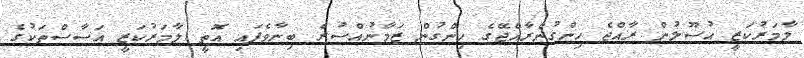
ލާމަރުކަޒީ އުސޫލުން ރާއްޖެ ހިންގުންރާއްޖޭގެ ހިންގުން ޒަމާނުއްސުރެ ބިނާވެފައި އޮތީ ލާމަރުކަޒީ އަސާސްތަކުގެ